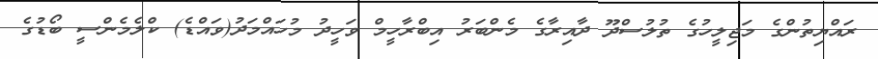
ރައްޔިތުންގެ މަޖިލީހުގެ ތުލުސްދޫ ދާއިރާގެ މެންބަރު އިބްރާހީމް ވަހީދު މުހައްމަދު(ވައްޑެ) ކްލެމެންސީ ބޯޑުގެ